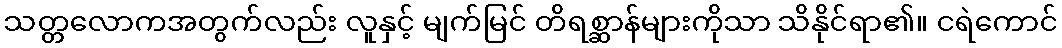
သတ္တလောကအတွက်လည်း လူနှင့် မျက်မြင် တိရစ္ဆာန်များကိုသာ သိနိုင်ရာ၏။ ငရဲကောင်